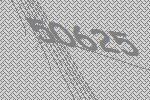
50625